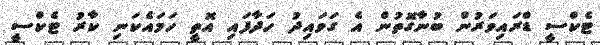
ޓެކްސީ ޑްރައިވަރުން ބުނާގޮތުން އެ ގަވައިދު ހަދާފައި އޮތީ ހަމައެކަނި ކާރު ޓެކްސީ